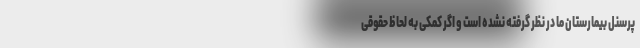
پرسنل بیمارستان ما در نظر گرفته نشده است و اگر کمکی به لحاظ حقوقی